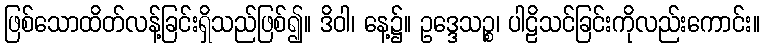
ဖြစ်သောထိတ်လန့်ခြင်းရှိသည်ဖြစ်၍။ ဒိဝါ၊ နေ့၌။ ဥဒ္ဒေသဉ္စ၊ ပါဠိသင်ခြင်းကိုလည်းကောင်း။